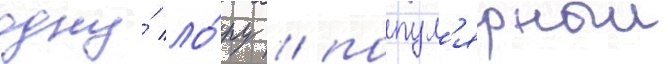
одну́ ло́ру / попул'ярныи